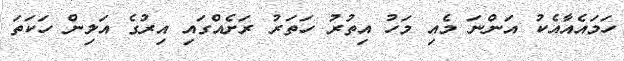
ހަމައެއާއެކު އަންނަ މެއި މަހު އިތުރު ހަތަރު ރަށެއްގައި އިރުގެ އަލިން ހަކަތަ